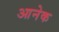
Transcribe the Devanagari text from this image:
आनेक